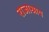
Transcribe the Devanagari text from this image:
राजाश्राय